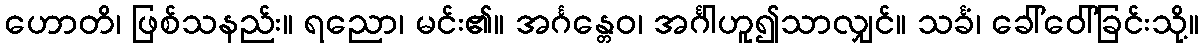
ဟောတိ၊ ဖြစ်သနည်း။ ရညော၊ မင်း၏။ အင်္ဂန္တေဝ၊ အင်္ဂါဟူ၍သာလျှင်။ သင်္ခံ၊ ခေါ်ဝေါ်ခြင်းသို့။